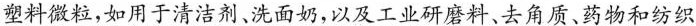
塑料微粒，如用于清洁剂、洗面奶,以及工业研磨料、去角质、药物和纺织